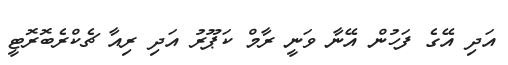
އަދި އޭގެ ފަހުން އޭނާ ވަނީ ރާމް ކަޕޫރު އަދި ރިއާ ޗެކްރެބޮރޮޓީ